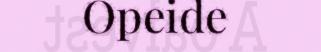
Opeide